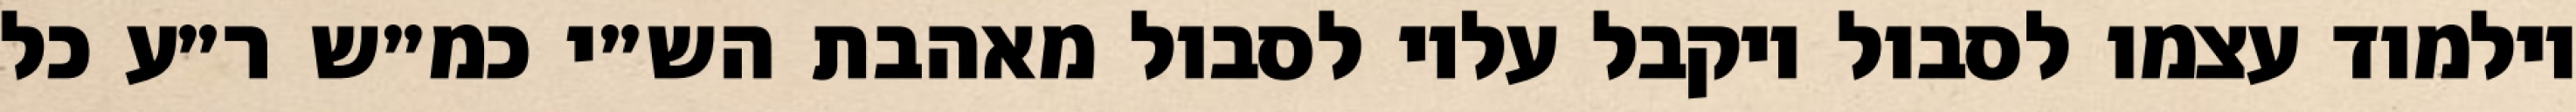
וילמוד עצמו לסבול ויקבל עליו לסבול מאהבת הש״י כמ״ש ר״ע כל